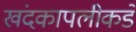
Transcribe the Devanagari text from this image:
खंदकापलीकडे